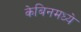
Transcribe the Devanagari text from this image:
केबिनमध्ये